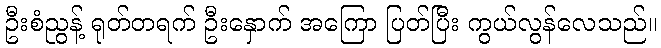
ဦးစံညွန့် ရုတ်တရက် ဦးနှောက် အကြော ပြတ်ပြီး ကွယ်လွန်လေသည်။